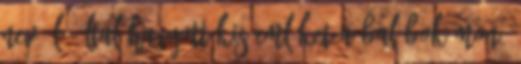
nevű ló által hagyott kis emléket a bal bokámon.